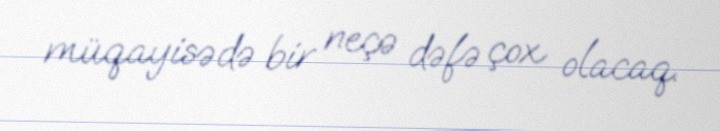
müqayisədə bir neçə dəfə çox olacaq.